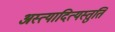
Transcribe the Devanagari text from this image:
अस्त्यादित्यस्तुति